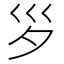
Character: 𡿪